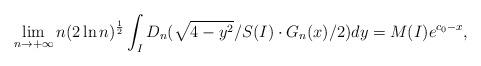
LaTeX: \begin{align*}\lim_{n\to+\infty}n(2\ln n)^{\frac{1}{2}}\int_ID_n(\sqrt{4-y^2}/S(I) \cdot G_n(x)/2)dy=M(I)e^{c_0-x},\end{align*}